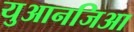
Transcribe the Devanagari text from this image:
युआनजिआ